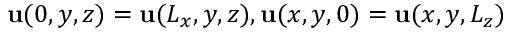
\mathbf { u } ( 0 , y , z ) = \mathbf { u } ( L _ { x } , y , z ) , \mathbf { u } ( x , y , 0 ) = \mathbf { u } ( x , y , L _ { z } )